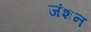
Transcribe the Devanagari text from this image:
जंशन